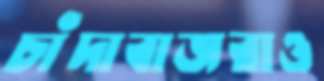
চাঁদাবাজরাও